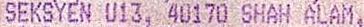
SEKSYEN U13, 40170 SHAH ALAM,